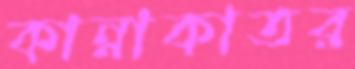
কান্নাকাতর